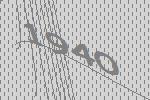
1940